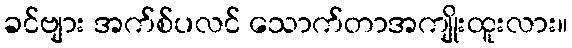
ခင်ဗျား အက်စ်ပလင် သောက်တာအကျိုးထူးလား။